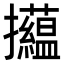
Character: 𢺝